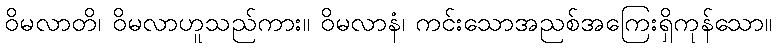
ဝိမလာတိ၊ ဝိမလာဟူသည်ကား။ ဝိမလာနံ၊ ကင်းသောအညစ်အကြေးရှိကုန်သော။